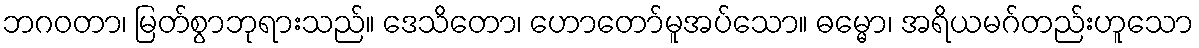
ဘဂဝတာ၊ မြတ်စွာဘုရားသည်။ ဒေသိတော၊ ဟောတော်မူအပ်သော။ ဓမ္မော၊ အရိယမဂ်တည်းဟူသော